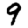
Digit: 9